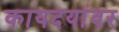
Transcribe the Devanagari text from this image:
कायदयांवर